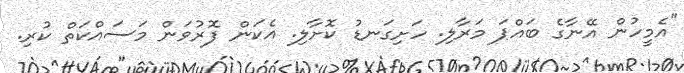
"އެމީހުން އޭނާގެ ބައްޕަ މަރާލި. ހަށިގަނޑު ކޮށާލި. އެކަން ފޮރުވަން މަސައްކަތް ކުރި.